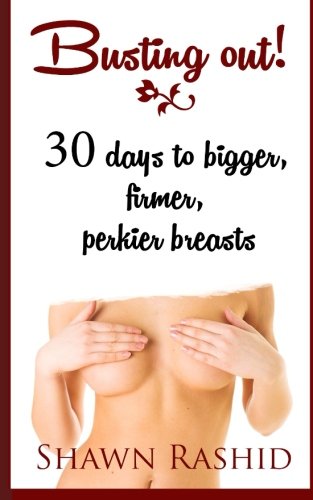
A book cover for Busting Out: 30 Days to Bigger, Firmer, Perkier Breasts; Shawn Rashid; Health, Fitness & Dieting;